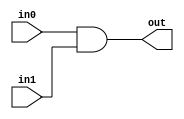
module And2bits(in0,in1,out);

output out;
input in0;
input in1;

assign out = in0&in1;

endmodule